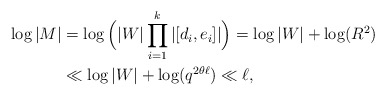
\begin{align*}\log|M| &= \log\Big(|W| \prod_{i = 1}^k |[d_i, e_i]|\Big) = \log|W| + \log(R^2) \\&\ll \log|W| + \log(q^{2\theta\ell}) \ll \ell,\end{align*}